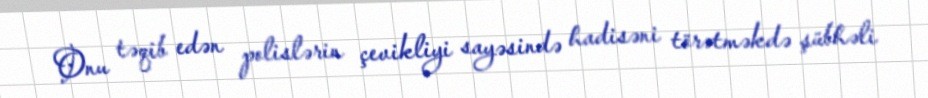
Onu təqib edən polislərin çevikliyi sayəsində hadisəni törətməkdə şübhəli